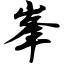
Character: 峰